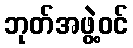
ဘုတ်အဖွဲ့ဝင်